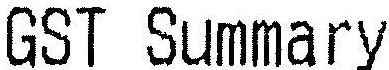
GST SUMMARY